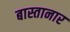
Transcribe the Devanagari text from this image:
बास्तानार